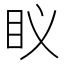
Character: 𮵅